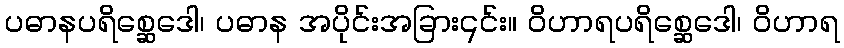
ပဓာနပရိစ္ဆေဒေါ၊ ပဓာန အပိုင်းအခြား၎င်း။ ဝိဟာရပရိစ္ဆေဒေါ၊ ဝိဟာရ